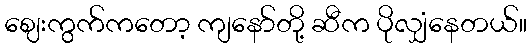
ဈေးကွက်ကတော့ ကျနော်တို့ ဆီက ပိုလျှံနေတယ်။